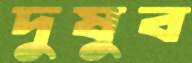
দুষুব